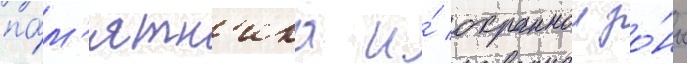
па́м'ятн'ика и́ охраннои зо́ны